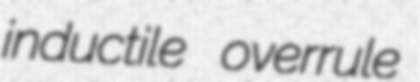
inductile overrule